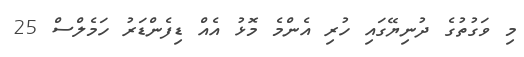
މި ވަގުތުގެ ދުނިޔޭގައި ހުރި އެންމެ މޮޅު އެއް ޑިފެންޑަރު ހަމެލްސް 25